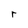
Character: r